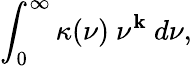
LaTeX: \int_{0}^{\infty}\kappa(\nu)~\nu^{\mathbf{k}}~d\nu,